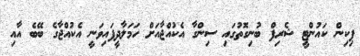
ޕިކިން ކައުންޓީ ޝެރިފް ބުނިގޮތުގައި ސިންގާ އެކުއްޖާއަށް ހަމަލާދީފައިވަނީ އެކުއްޖާގެ ބޭބެ އާއި